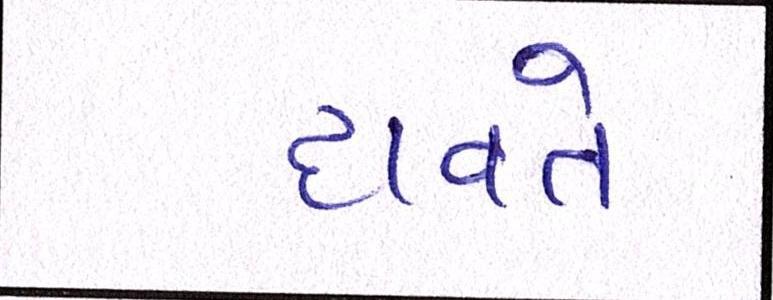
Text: દાવતે